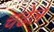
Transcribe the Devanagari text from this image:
चढेल